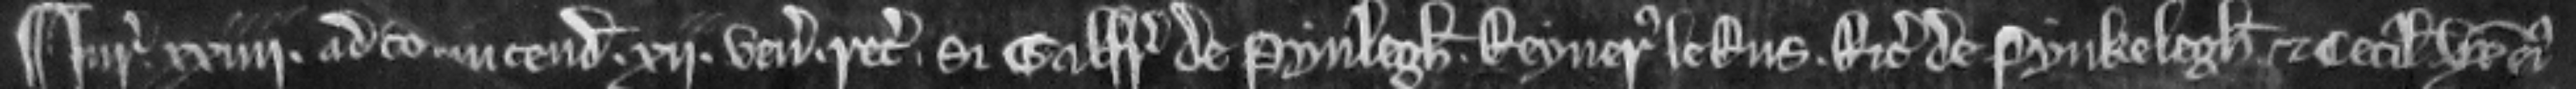
¶Jurata xxili. ad convincendum. xii. venit recognitura si Galfridus de Pynlegh Reynerus le Rus Ricardus de Pynkelegh et Cecilia uxor ejus